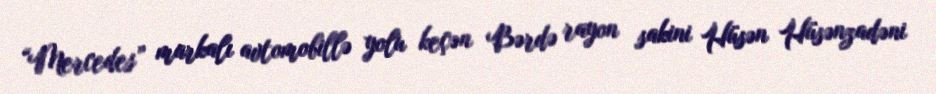
“Mercedes” markalı avtomobillə yolu keçən Bərdə rayon sakini Hüsən Hüsənzadəni